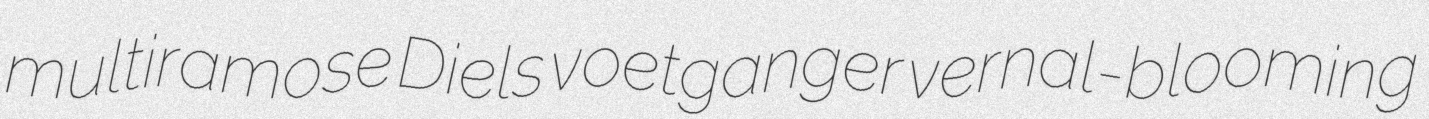
multiramose Diels voetganger vernal-blooming